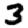
Digit: 3